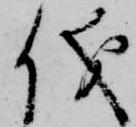
儀